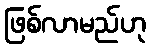
ဖြစ်လာမည်ဟု